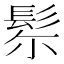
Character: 𩬘